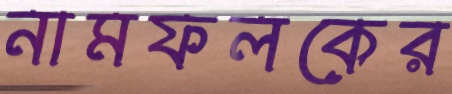
নামফলকের